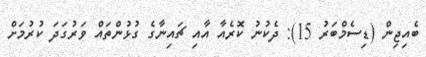
ބެއިޖިން (ޑިސެމްބަރު 15): ދެކުނު ކޮރެއާ އާއި ޗައިނާގެ ގުޅުންތައް ވަރުގަދަ ކުރުމަށް